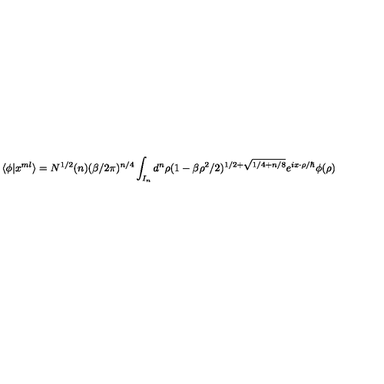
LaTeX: \langle \phi | x ^ { m l } \rangle = N ^ { 1 / 2 } ( n ) ( \beta / 2 \pi ) ^ { n / 4 } \int _ { I _ { n } } d ^ { n } \rho ( 1 - \beta \rho ^ { 2 } / 2 ) ^ { 1 / 2 + \sqrt { 1 / 4 + n / 8 } } e ^ { i x \cdot \rho / \hbar } \phi ( \rho )